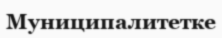
Муниципалитетке